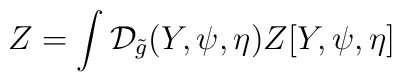
Z=\int{\mathcal{D}_{\tilde{g}}}(Y,\psi,\eta)Z[Y,\psi,\eta]